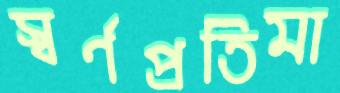
স্বর্ণপ্রতিমা